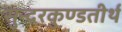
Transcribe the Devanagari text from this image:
सुन्दरकुण्डतीर्थ